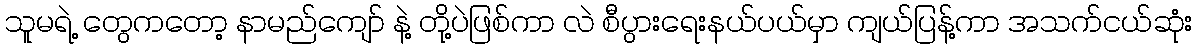
သူမရဲ့ တွေကတော့ နာမည်ကျော် နဲ့ တို့ပဲဖြစ်ကာ လဲ စီပွားရေးနယ်ပယ်မှာ ကျယ်ပြန့်ကာ အသက်ငယ်ဆုံး